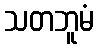
သတဘူမံ